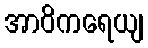
အာဝိကရေယျ